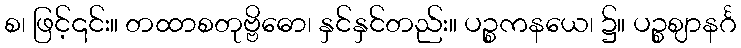
စ၊ ဖြင့်၎င်း။ တထာစတုဗ္ဗိဓော၊ နှင်နှင်တည်း။ ပဉ္စကနယေ၊ ၌။ ပဉ္စဈာနင်္ဂ